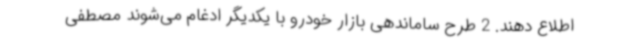
اطلاع دهند. 2 طرح ساماندهی بازار خودرو با یکدیگر ادغام می‌شوند مصطفی